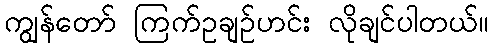
ကျွန်တော် ကြက်ဥချဉ်ဟင်း လိုချင်ပါတယ်။